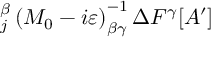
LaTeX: _ { j } ^ { \beta } \left( M _ { 0 } - i \varepsilon \right) _ { \beta \gamma } ^ { - 1 } \Delta F ^ { \gamma } [ A ^ { \prime } ]